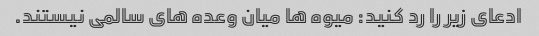
ادعای زیر را رد کنید: میوه ها میان وعده های سالمی نیستند.